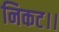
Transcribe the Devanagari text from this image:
निकट।।